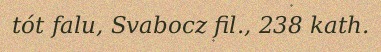
tót falu, Svabocz fil., 238 kath.